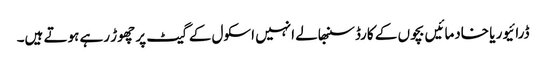
ڈرائیور یا خادمائیں بچوں کے کارڈ سنبھالے انہیں اسکول کے گیٹ پر چھوڑ رہے ہوتے ہیں۔